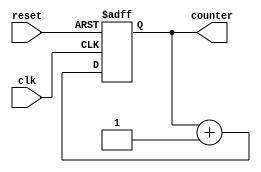
module counter_nbit #(parameter cnt_width = 3) (clk, reset, counter);

input clk, reset;
output reg [cnt_width:0] counter;

//Use non-blocking assignment for sequential logic

always @(posedge clk or negedge reset) begin

    if(!reset)
        counter <= 0;
    else
        counter <= counter + 1'b1;
    
end
    
endmodule